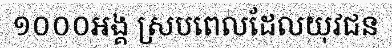
១០០០អង្គ ស្របពេលដែលយុវជន